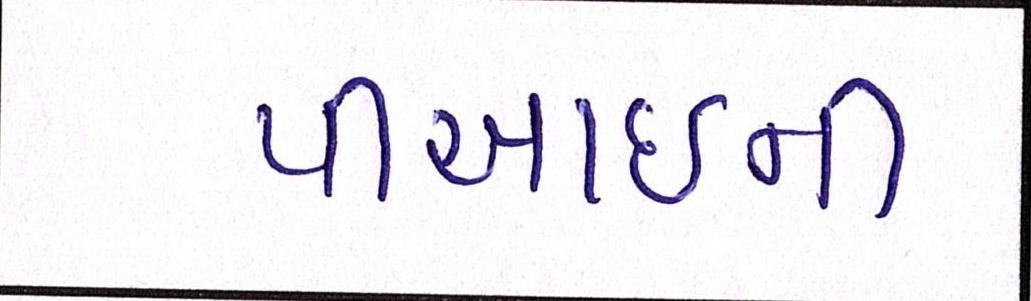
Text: પીઆઈની